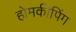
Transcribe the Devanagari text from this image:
होमकीपिंग